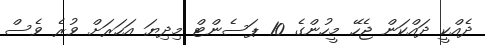
ދެއްކީ ދައްކަން ޖެހޭ މީހުންގެ 10 ޕަސެންޓް މިދިޔަ އަހަރަށް ވުރެ ވެސް